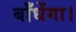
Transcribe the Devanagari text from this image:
बाँधेंगा।